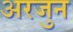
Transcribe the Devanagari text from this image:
अरजुन